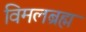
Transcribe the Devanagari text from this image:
विमलब्रह्म